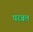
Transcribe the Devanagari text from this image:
परबल